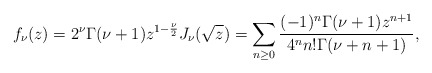
\begin{align*}f_{\nu}(z)=2^{\nu}\Gamma(\nu+1)z^{1-\frac{\nu}{2}}J_{\nu}(\sqrt{z})=\sum_{n\geq0}\frac{(-1)^n\Gamma(\nu+1)z^{n+1}}{4^nn!\Gamma(\nu+n+1)},\end{align*}